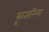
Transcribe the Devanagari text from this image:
कृतरिम